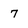
Character: 7